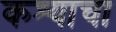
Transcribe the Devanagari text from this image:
कश्याचा